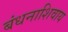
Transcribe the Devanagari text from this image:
बंधनाशिवाय